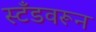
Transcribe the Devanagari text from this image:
स्टँडवरून